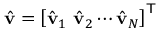
\hat { \mathbf { v } } = \left[ \hat { \mathbf { v } } _ { 1 } ~ \hat { \mathbf { v } } _ { 2 } \cdots \hat { \mathbf { v } } _ { N } \right] ^ { \mathsf { T } }